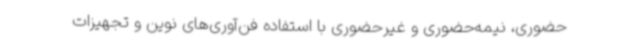
حضوری، نیمه‌حضوری و غیرحضوری با استفاده فن‌آوری‌های نوین و تجهیزات